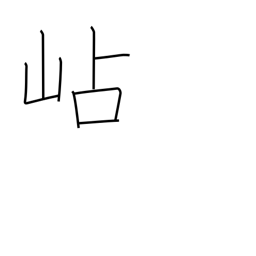
Meaning: mountain